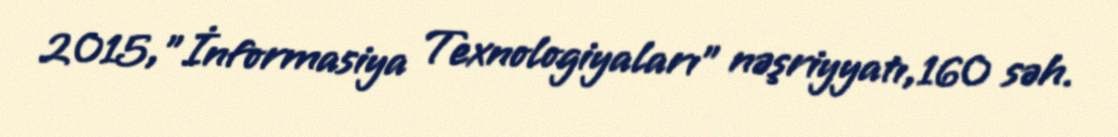
2015,"İnformasiya Texnologiyaları" nəşriyyatı,160 səh.